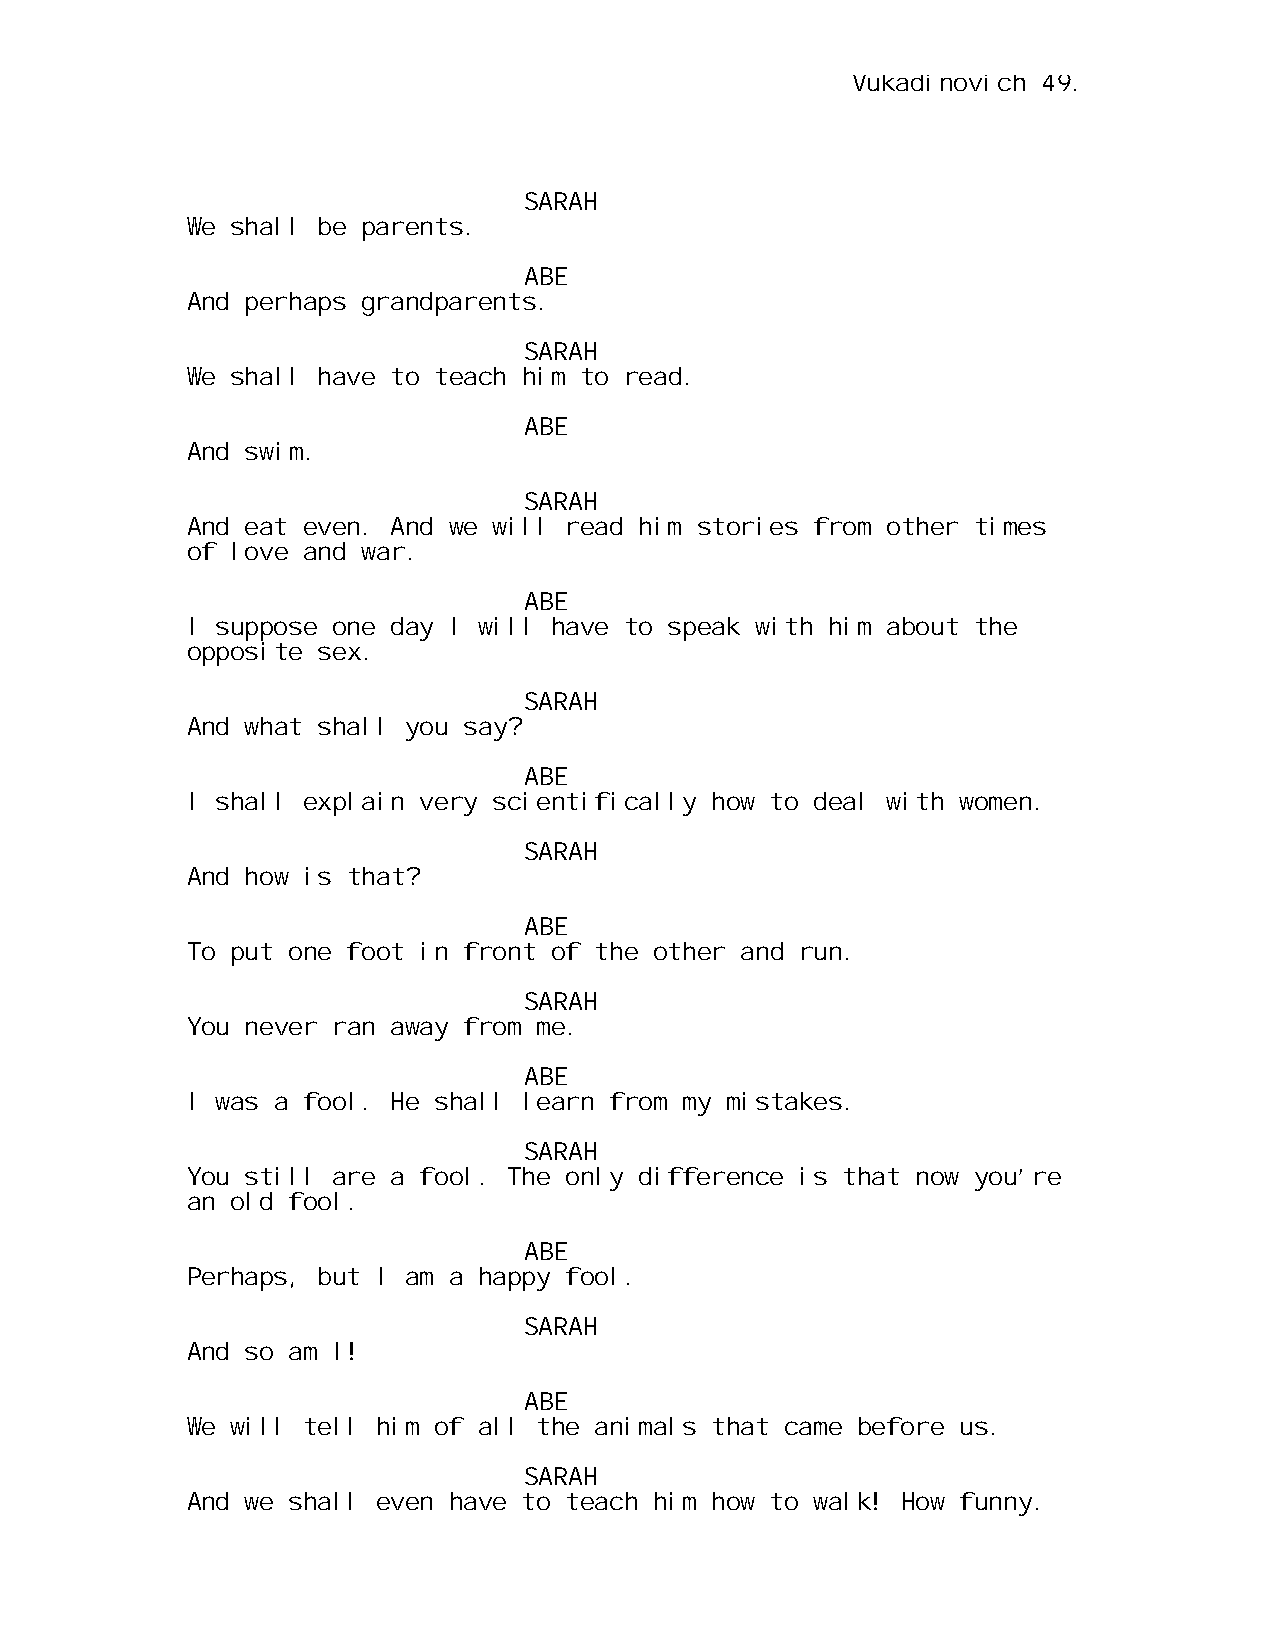
Vukadinovich 49.
 SARAH
 We shall be parents.
 ABE
 And perhaps grandparents.
 SARAH
 We shall have to teach him to read.
 ABE
 And swim.
 SARAH
 And eat even. And we will read him stories from other times
 of love and war.
 ABE
 I suppose one day I will have to speak with him about the
 opposite sex.
 SARAH
 And what shall you say?
 ABE
 I shall explain very scientifically how to deal with women.
 SARAH
 And how is that?
 ABE
 To put one foot in front of the other and run.
 SARAH
 You never ran away from me.
 ABE
 I was a fool. He shall learn from my mistakes.
 SARAH
 You still are a fool. The only difference is that now you’re
 an old fool.
 ABE
 Perhaps, but I am a happy fool.
 SARAH
 And so am I!
 ABE
 We will tell him of all the animals that came before us.
 SARAH
 And we shall even have to teach him how to walk! How funny.